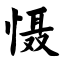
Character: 慑